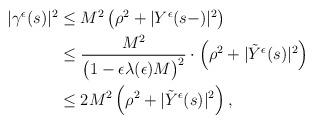
LaTeX: \begin{align*}\begin{aligned}|\gamma^{\epsilon}(s)|^{2}&\leq M^2\left(\rho^{2}+|Y^{\epsilon}(s-)|^{2}\right)\\&\leq\frac{M^2}{\big(1- \epsilon\lambda(\epsilon)M\big)^{2}}\cdot\left(\rho^{2}+|\tilde{Y}^{\epsilon}(s)|^{2}\right)\\&\leq 2M^{2}\left(\rho^{2}+|\tilde{Y}^{\epsilon}(s)|^{2}\right) ,\end{aligned}\end{align*}